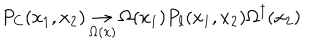
P _ { C } ( x _ { 1 } , x _ { 2 } ) \mathop \to _ { \Omega ( x ) } \Omega ( x _ { 1 } ) P _ { \ell } ( x _ { 1 } , x _ { 2 } ) \Omega ^ { \dagger } ( x _ { 2 } )